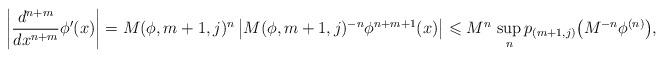
LaTeX: \begin{align*}\left| \dfrac{d^{n+m}}{dx^{n+m}}\phi'(x) \right| = M(\phi, m+1, j)^n \left| M(\phi, m+1, j)^{-n} \phi^{n+m+1}(x) \right|\leqslant M^n \, \sup_{n} p_{(m+1,j)} \big( M^{-n} \phi^{(n)} \big),\end{align*}